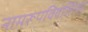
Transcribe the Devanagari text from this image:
नामरूपविवर्जितम्